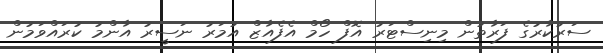
ސަރުކާރުގެ ފަރާތުން މިނިސްޓަރު އޮފް ހޯމް އެފެއާޒް އުމަރު ނަސީރު އާންމު ކުރައްވަމުން